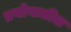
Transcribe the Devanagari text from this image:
प्रयोगातील